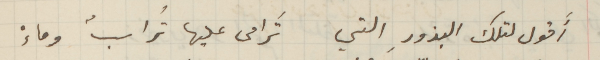
أَقول لتلك البذورِ التي تَرامى عليها تُرابٌ وماءْ